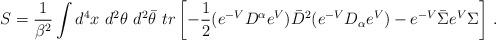
LaTeX: \begin{align*}S=\frac{1}{\beta^2} \int d^4x~ d^2\theta~ d^2\bar{\theta}~tr\left[-\frac{1}{2}(e^{-V}D^\alpha e^V)\bar D^2(e^{-V}D_\alpha e^V)-e^{-V} \bar\Sigma e^V \Sigma\right] \, .\end{align*}